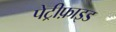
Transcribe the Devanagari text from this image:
पेट्रीफ़ाइड